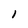
Character: 1